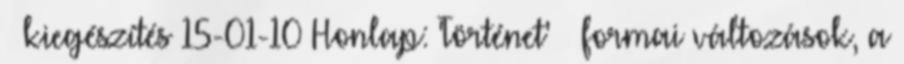
» kiegészítés 15-01-10 Honlap: 'Történet' » formai változások, a